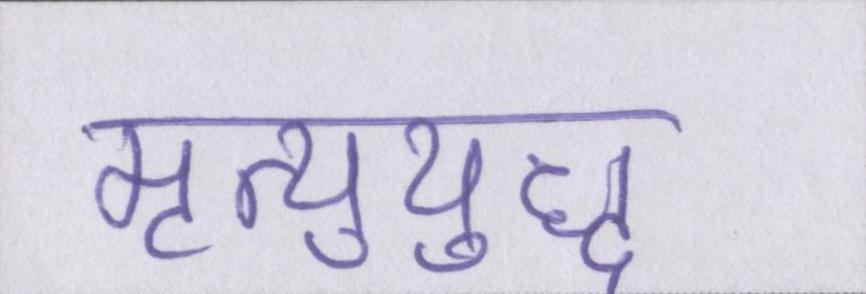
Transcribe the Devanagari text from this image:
मृत्युयुद्ध